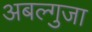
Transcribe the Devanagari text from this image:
अबल्गुजा